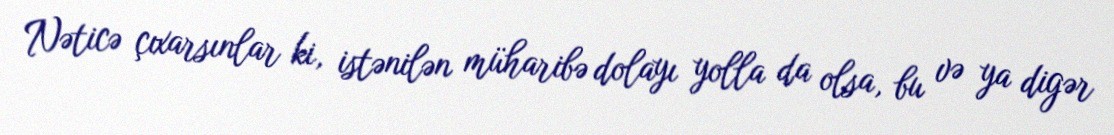
Nəticə çıxarsınlar ki, istənilən müharibə dolayı yolla da olsa, bu və ya digər